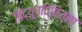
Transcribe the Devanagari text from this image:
विद्युच्चिकित्सा